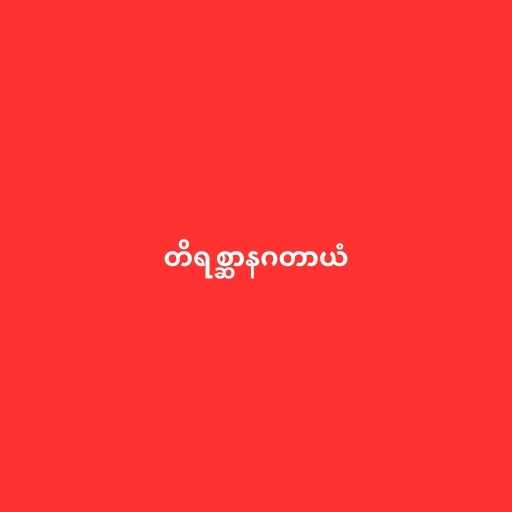
တိရစ္ဆာနဂတာယံ